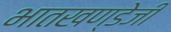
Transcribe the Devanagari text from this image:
भातखण्डेजी